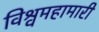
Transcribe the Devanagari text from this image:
विश्वमहामारी